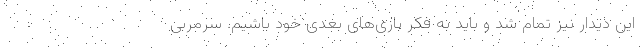
این دیدار نیز تمام شد و باید به فکر بازی‌های بعدی خود باشیم. سرمربی